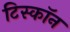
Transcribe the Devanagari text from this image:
टिस्कॉन